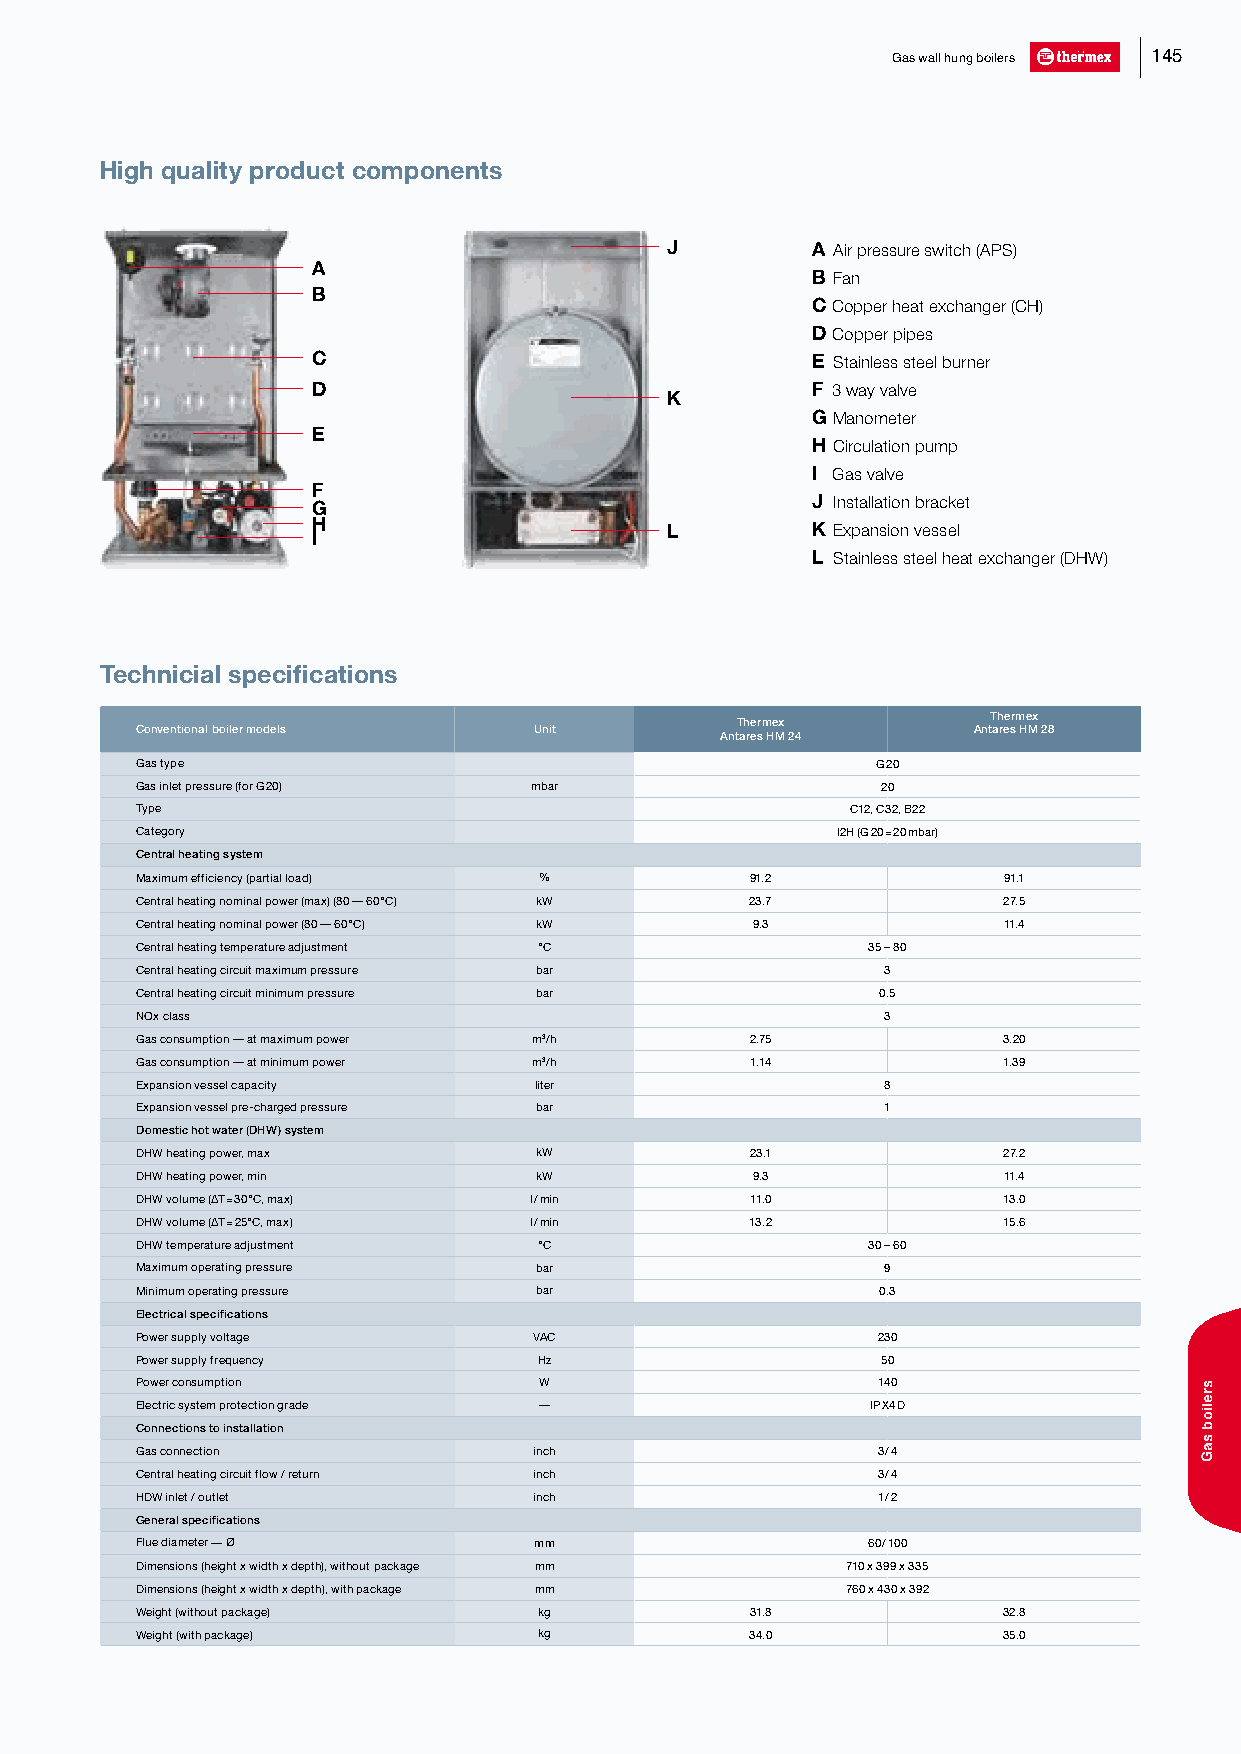
Gas wall hung boilers 145
 High quality product components
 J         A Air pressure switch (APS)
 A
 B Fan
 B
 C Copper heat exchanger (CH)
 D Copper pipes
 C                                E Stainless steel burner
 D                                F 3 way valve
 K
 G Manometer
 E
 H Circulation pump
 I Gas valve
 F
 G                                J Installation bracket
 H                      L         K Expansion vessel
 I
 L Stainless steel heat exchanger (DHW)
 Technicial specifications
 Thermex
 Thermex
 Conventional boiler models Unit                        Antares HM 28
 Antares HM 24
 Gas type                                         G 20
 Gas inlet pressure (for G 20) mbar               20
 Type                                           C12, C32, B22
 Category                                      I2H (G 20 = 20 mbar)
 Central heating system
 Maximum efficiency (partial load) %      91.2            91.1
 Central heating nominal power (max) (80 — 60°C) kW 23.7  27.5
 Central heating nominal power (80 — 60°C) kW 9.3         11.4
 Central heating temperature adjustment °C       35 – 80
 Central heating circuit maximum pressure bar      3
 Central heating circuit minimum pressure bar     0.5
 NOx class                                         3
 Gas consumption — at maximum power m3/h  2.75            3.20
 Gas consumption — at minimum power m3/h  1.14            1.39
 Expansion vessel capacity liter                   8
 Expansion vessel pre-charged pressure bar         1
 Domestic hot water (DHW) system
 DHW heating power, max    kW             23.1            27.2
 DHW heating power, min    kW             9.3             11.4
 DHW volume (∆T = 30°C, max) l / min      11.0            13.0
 DHW volume (∆T = 25°C, max) l / min      13.2            15.6
 DHW temperature adjustment °C                   30 – 60
 Maximum operating pressure bar                    9
 Minimum operating pressure bar                   0.3
 Electrical specifications
 Power supply voltage      VAC                    230
 Power supply frequency     Hz                    50
 Power consumption          W                     140
 Electric system protection grade —               IP X4 D
 Connections to installation
 Gas connection            inch                   3 / 4
 Central heating circuit flow / return inch       3 / 4
 HDW inlet / outlet        inch                   1 / 2
 General specifications
 Flue diameter — Ø         mm                    60 / 100
 Dimensions (height x width x depth), without package mm 710 x 399 x 335
 Dimensions (height x width x depth), with package mm 760 x 430 x 392
 Weight (without package)   kg            31.8            32.8
 Weight (with package)      kg            34.0            35.0
 sreliob
 saG